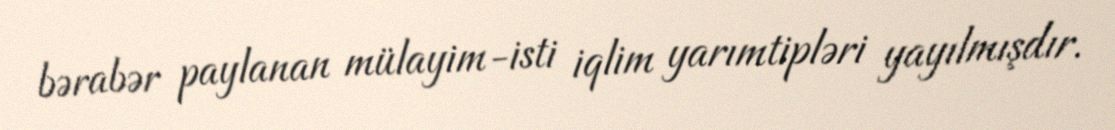
bərabər paylanan mülayim-isti iqlim yarımtipləri yayılmışdır.